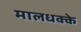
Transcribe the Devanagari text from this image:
मालधक्के